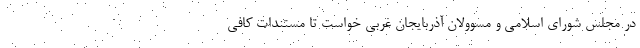
در مجلس شورای اسلامی و مسوولان آذربایجان غربی خواست تا مستندات کافی